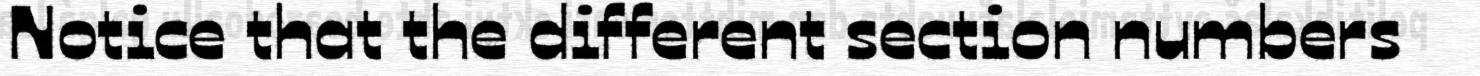
Notice that the different section numbers